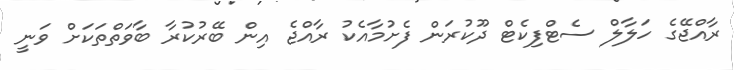
ރާއްޖޭގެ ހަލާލް ސެޓްފިކެޓް ދޫކުރަން ފެށުމާއެކު ރާއްޖެ އިން ބޭރުކުރާ ބާވަތްތަކަށް ވަނީ